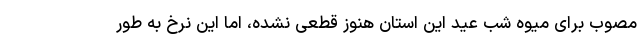
مصوب برای میوه شب عید این استان هنوز قطعی نشده، اما این نرخ به طور